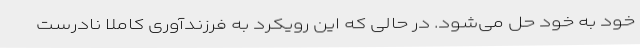
خود به خود حل می‌شود. در حالی که این رویکرد به فرزندآوری کاملاً نادرست